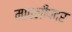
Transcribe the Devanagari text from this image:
मावलीपदर